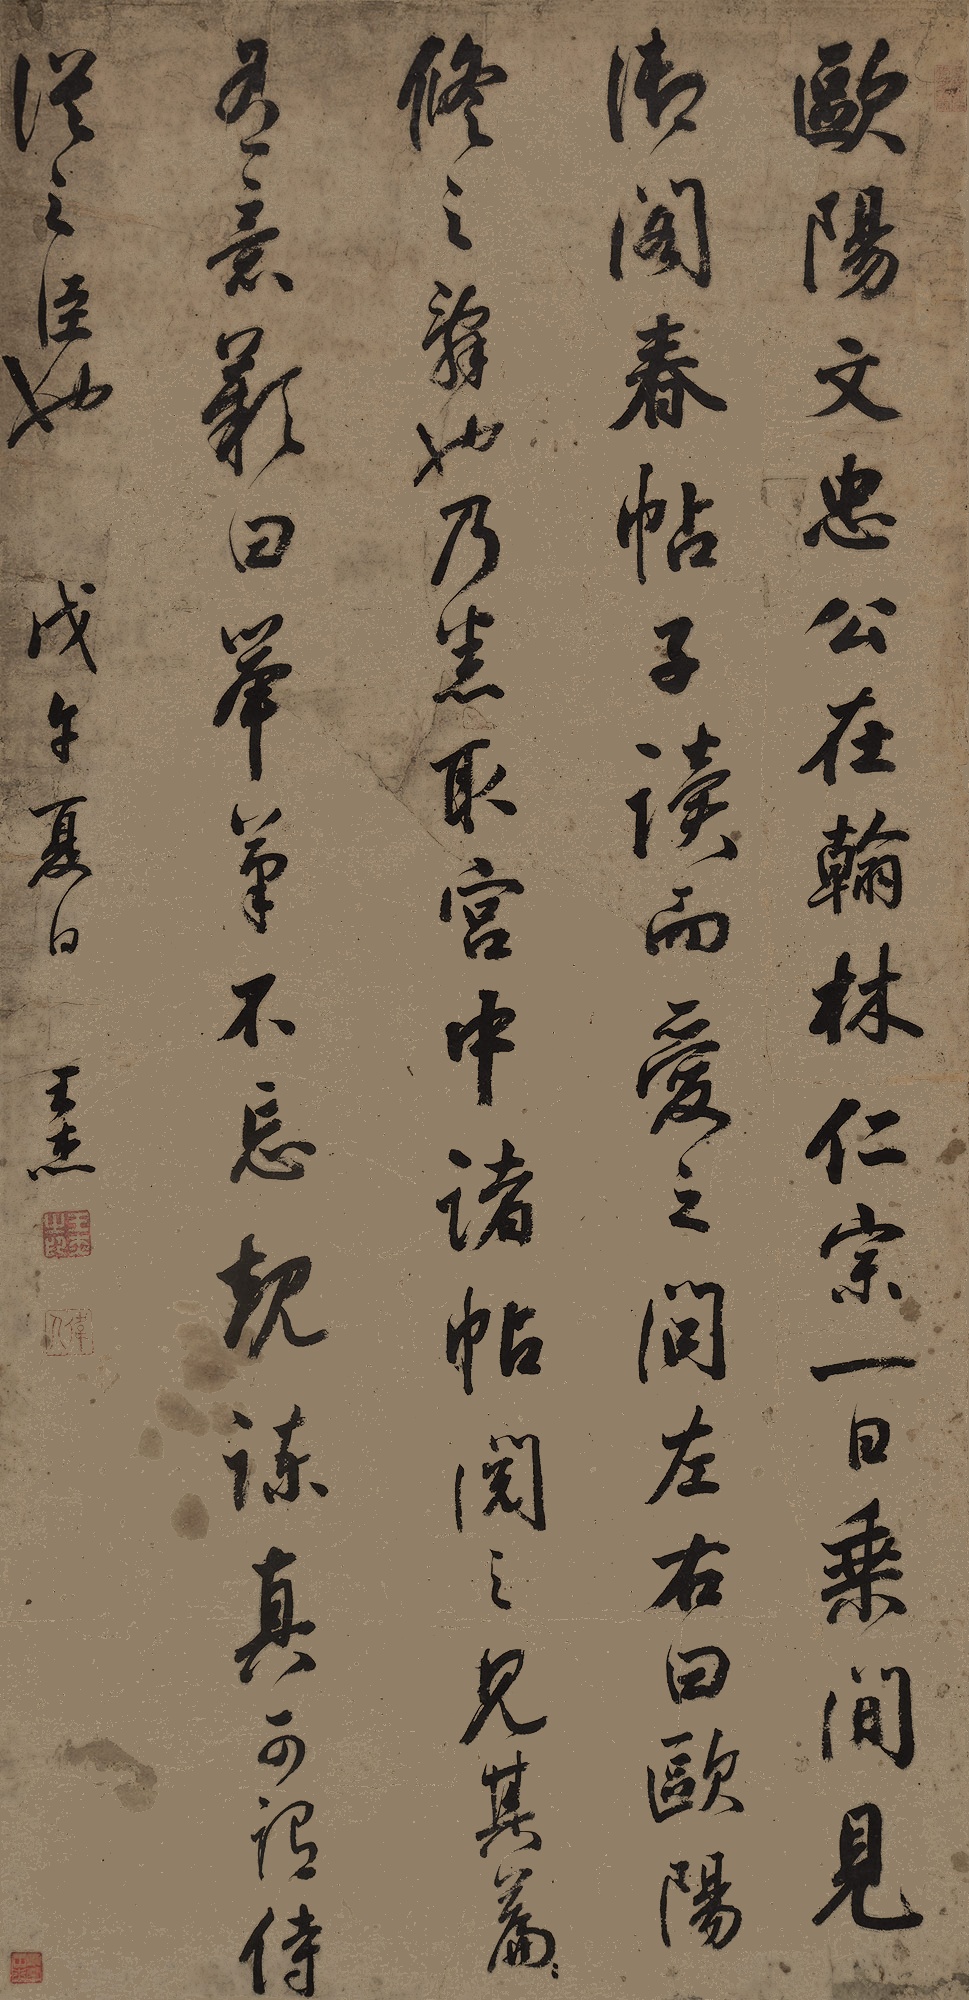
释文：欧阳文忠公在翰林，仁宗一日乘闲，见御阁春帖子，读而爱之，问左右曰，欧阳修之辞也。乃悉取宫中诸帖阅之，见其篇篇有意，叹曰，举笔不忘规谏，真可谓侍从之臣也。戊子夏日，王杰。